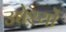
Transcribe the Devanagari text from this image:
उद्येश्यों